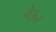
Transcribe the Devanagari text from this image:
नेऊर